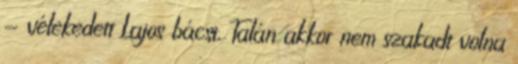
- vélekedett Lajos bácsi. Talán akkor nem szakadt volna